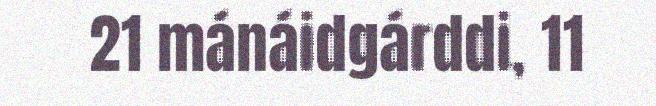
21 mánáidgárddi, 11